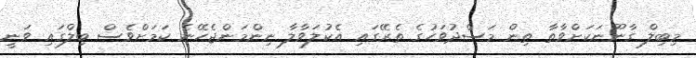
މިބިލް ގާނޫނަކަށްވާތާ ތިން މަސްދުވަހުގެ ތެރޭގައި އެކުލަވާލާ ނިންމަންޖެހޭނެ ކަމަށްވެސް ބިލްގައި ވަނީ